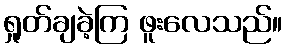
ရှုတ်ချခဲ့ကြ ဖူးလေသည်။